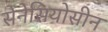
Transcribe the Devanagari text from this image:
सेनेसियोसीन